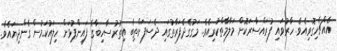
އެއްޗެހިގޮވިއެވެ. ހާރުވައި ފުރައްސާރަކޮށް މަލާމާތްކުރިއެވެ. މަގުގެދެފަރާތުގައި ދެސަފަށްތިބެ އިތުރުސާހިބާގެ ފައިންޕުޅަށް ހިލައުކަމުން ގެންދިޔައެވެ.